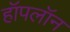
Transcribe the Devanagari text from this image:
हॉपलॉन